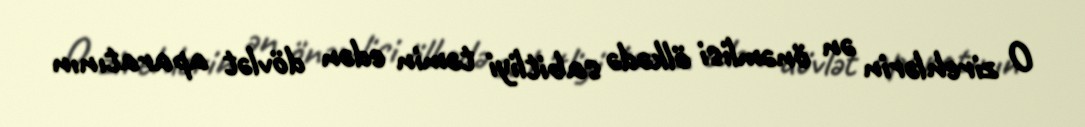
O zirehlərin ən önəmlisi ölkədə sabitliyi təmin edən dövlət aparatının